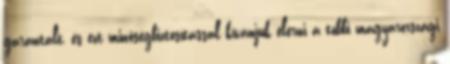
garantált, és ezt minőségbiztosítással kívánjuk elérni a többi magyarországi